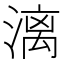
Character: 漓